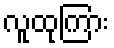
လူထုကြား